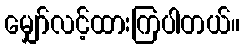
မျှော်လင့်ထားကြပါတယ်။